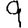
Digit: 9